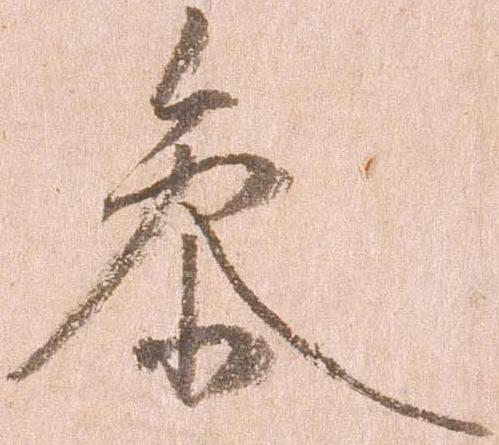
参